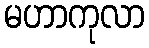
မဟာကုလာ